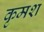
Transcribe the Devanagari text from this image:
कृमश